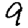
Digit: 9